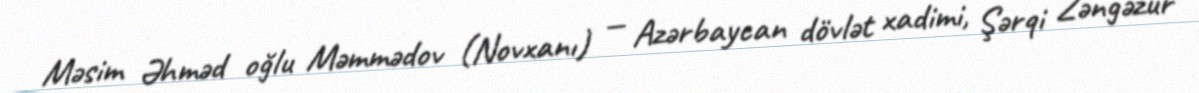
Məsim Əhməd oğlu Məmmədov (Novxanı) — Azərbaycan dövlət xadimi, Şərqi Zəngəzur